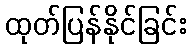
ထုတ်ပြန်နိုင်ခြင်း